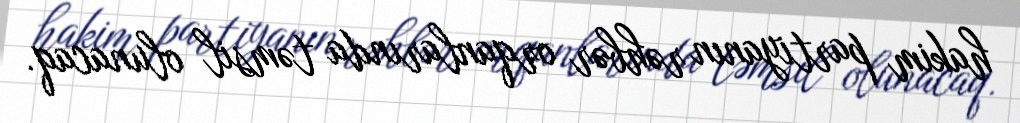
hakim partiyanın rəhbər orqanlarında təmsil olunacaq.